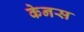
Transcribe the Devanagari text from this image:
केनस